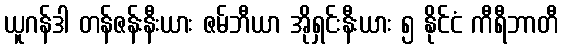
ယူဂန်ဒါ တန်ဇန်းနီးယား ဇမ်ဘီယာ အိုရှင်းနီးယား ၅ နိုင်ငံ ကီရီဘာတီ